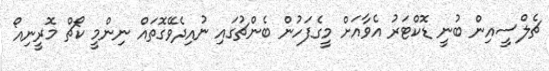
ޗެލްސީއިން ބުނީ ޑޮކްޓަރު އެވާއަށް މީގެފަހުން ބެންޗުގައި ނުއިދެވޭގޮތައް ނިންމީ ކޯޗް މޮރީނިއޯ